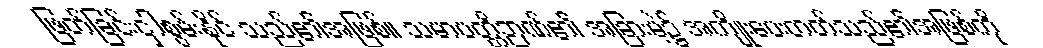
ဖြတ်ခြင်းငှါစွမ်းနိုင် သည်၏အဖြစ်။ သမာပတ္တိဉာဏ်၏ အခြားမဲ့၌ အကျိုးပေးတတ်သည်၏အဖြစ်ကို